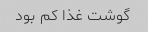
گوشت غذا کم بود